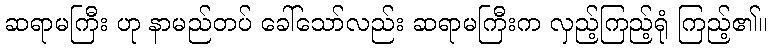
ဆရာမကြီး ဟု နာမည်တပ် ခေါ်သော်လည်း ဆရာမကြီးက လှည့်ကြည့်ရုံ ကြည့်၏။